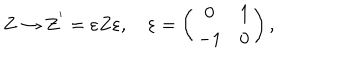
LaTeX: Z \rightarrow Z ^ { ' } = \varepsilon Z \varepsilon , \quad \varepsilon = \left( \begin{array} { c r c } { { 0 } } & { { 1 } } \\ { { - 1 } } & { { 0 } } \\ \end{array} \right) ,